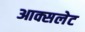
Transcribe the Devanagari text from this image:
आक्सलेट